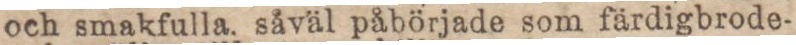
och smakfulla. såväl påbörjade som färdigbrode-